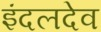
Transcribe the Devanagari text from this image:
इंदलदेव